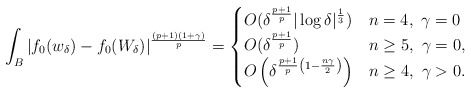
\begin{align*}\int_{B} |f_0&(w_\delta)-f_0(W_\delta)|^\frac{(p+1)(1+\gamma)}{p}=\begin{cases}O(\delta^{\frac{p+1}{p}}|\log \delta|^\frac{1}{3}) & n=4,\ \gamma=0\\O(\delta^{\frac{p+1}{p}}) & n\geq 5,\ \gamma=0,\\O\left(\delta^{\frac{p+1}{p}\left(1-\frac{n\gamma}{2}\right)}\right) & n\geq 4,\ \gamma>0.\end{cases}\end{align*}